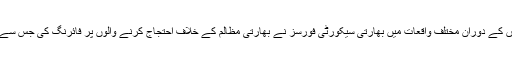
خاص طور پر گذشتہ مہینوں کے دوران مختلف واقعات میں بھارتی سیکورٹی فورسز نے بھارتی مظالم کے خلاف احتجاج کرنے والوں پر فائرنگ کی جس سے بہت سے لوگ شہید ہوئے۔